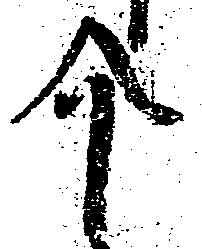
介